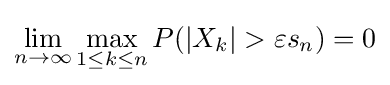
\lim _{n\rightarrow \infty }\max _{1\leq k\leq n}P(|X_{k}|>\varepsilon s_{n})=0